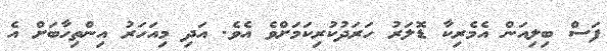
ފަސް ބިލިއަން އެމެރިކާ ޑޮލަރު ހަރަދުކުރިކަމަށްވެ އެވެ. އަދި މިއަހަރު އިންތިހާބަށް އެ